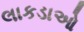
લાકડાઓ